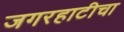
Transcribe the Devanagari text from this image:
जगरहाटीचा